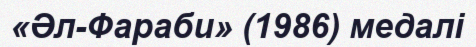
«Әл-Фараби» (1986) медалі